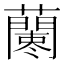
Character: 𧃁